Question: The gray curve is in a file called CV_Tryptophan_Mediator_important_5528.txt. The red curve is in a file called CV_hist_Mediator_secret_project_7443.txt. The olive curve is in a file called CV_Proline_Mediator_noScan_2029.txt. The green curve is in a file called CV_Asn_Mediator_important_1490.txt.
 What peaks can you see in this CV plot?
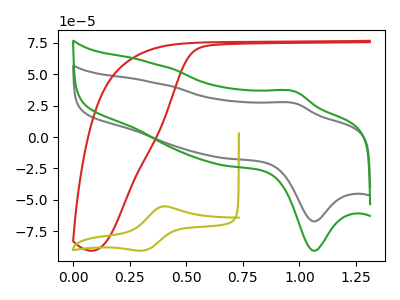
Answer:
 <answer>The gray curve "Mediator + Tryptophan" has an anodic peak at (1.00V, 26.80uA) and a cathodic peak at (1.05V, -67.20uA). The red curve "Mediator + hist" has no peaks. The olive curve "Mediator + Proline" has an anodic peak at (0.40V, -55.25uA) and a cathodic peak at (0.30V, -90.35uA). The green curve "Mediator + Asn" has an anodic peak at (1.00V, 36.10uA) and a cathodic peak at (1.05V, -90.60uA).</answer>
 <eval></eval>